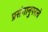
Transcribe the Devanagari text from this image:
प्रसंगानुपरत्वे